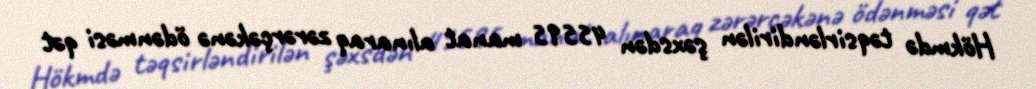
Hökmdə təqsirləndirilən şəxsdən 45595 manat alınaraq zərərçəkənə ödənməsi qət